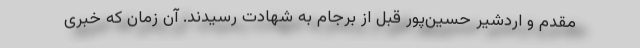
مقدم و اردشیر حسین‌پور قبل از برجام به شهادت رسیدند. آن زمان که خبری